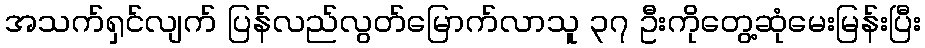
အသက်ရှင်လျက် ပြန်လည်လွတ်မြောက်လာသူ ၃၇ ဦးကိုတွေ့ဆုံမေးမြန်းပြီး